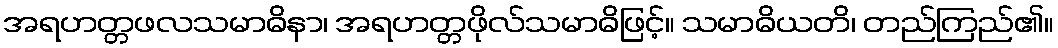
အရဟတ္တဖလသမာဓိနာ၊ အရဟတ္တဖိုလ်သမာဓိဖြင့်။ သမာဓိယတိ၊ တည်ကြည်၏။